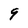
Character: 9